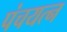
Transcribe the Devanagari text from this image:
पंचयत्‍न